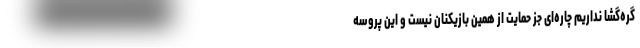
گره‌گشا نداریم چاره‌ای جز حمایت از همین بازیکنان نیست و این پروسه